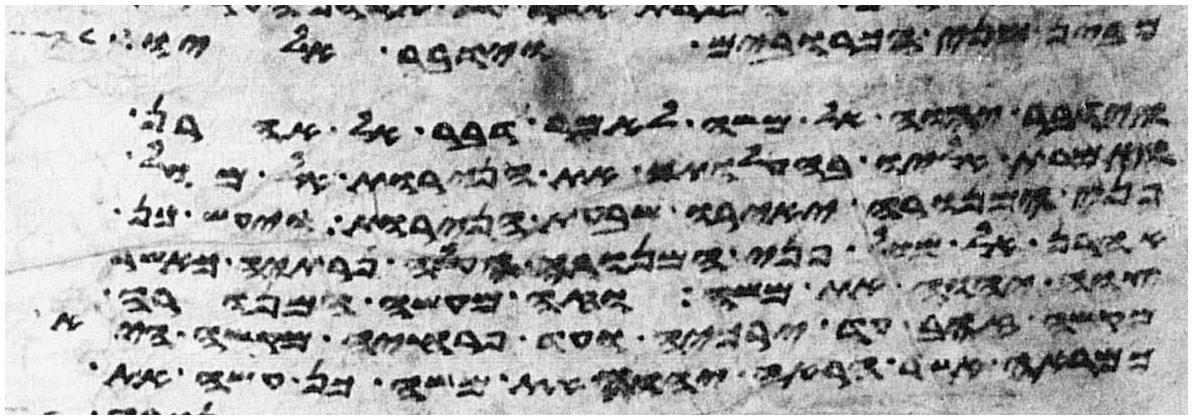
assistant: מבין שני הכרובים וידבר אליו
וידבר יהוה אל משה לאמר דבר אל אהרן
ואמרת אליו בהעלותך את הנרות אל מול
פני המנורה יאירו שבעת הנרות ויעש כן
אהרן אל מול פני המנורה העלה נרתיה כאשר
צוה יהוה את משה וזה מעשה המנורה
מקשה זהב עד ירכיה ועד פרחיה מקשה היא
כמראה אשר הראה יהוה את משה כן עשה את